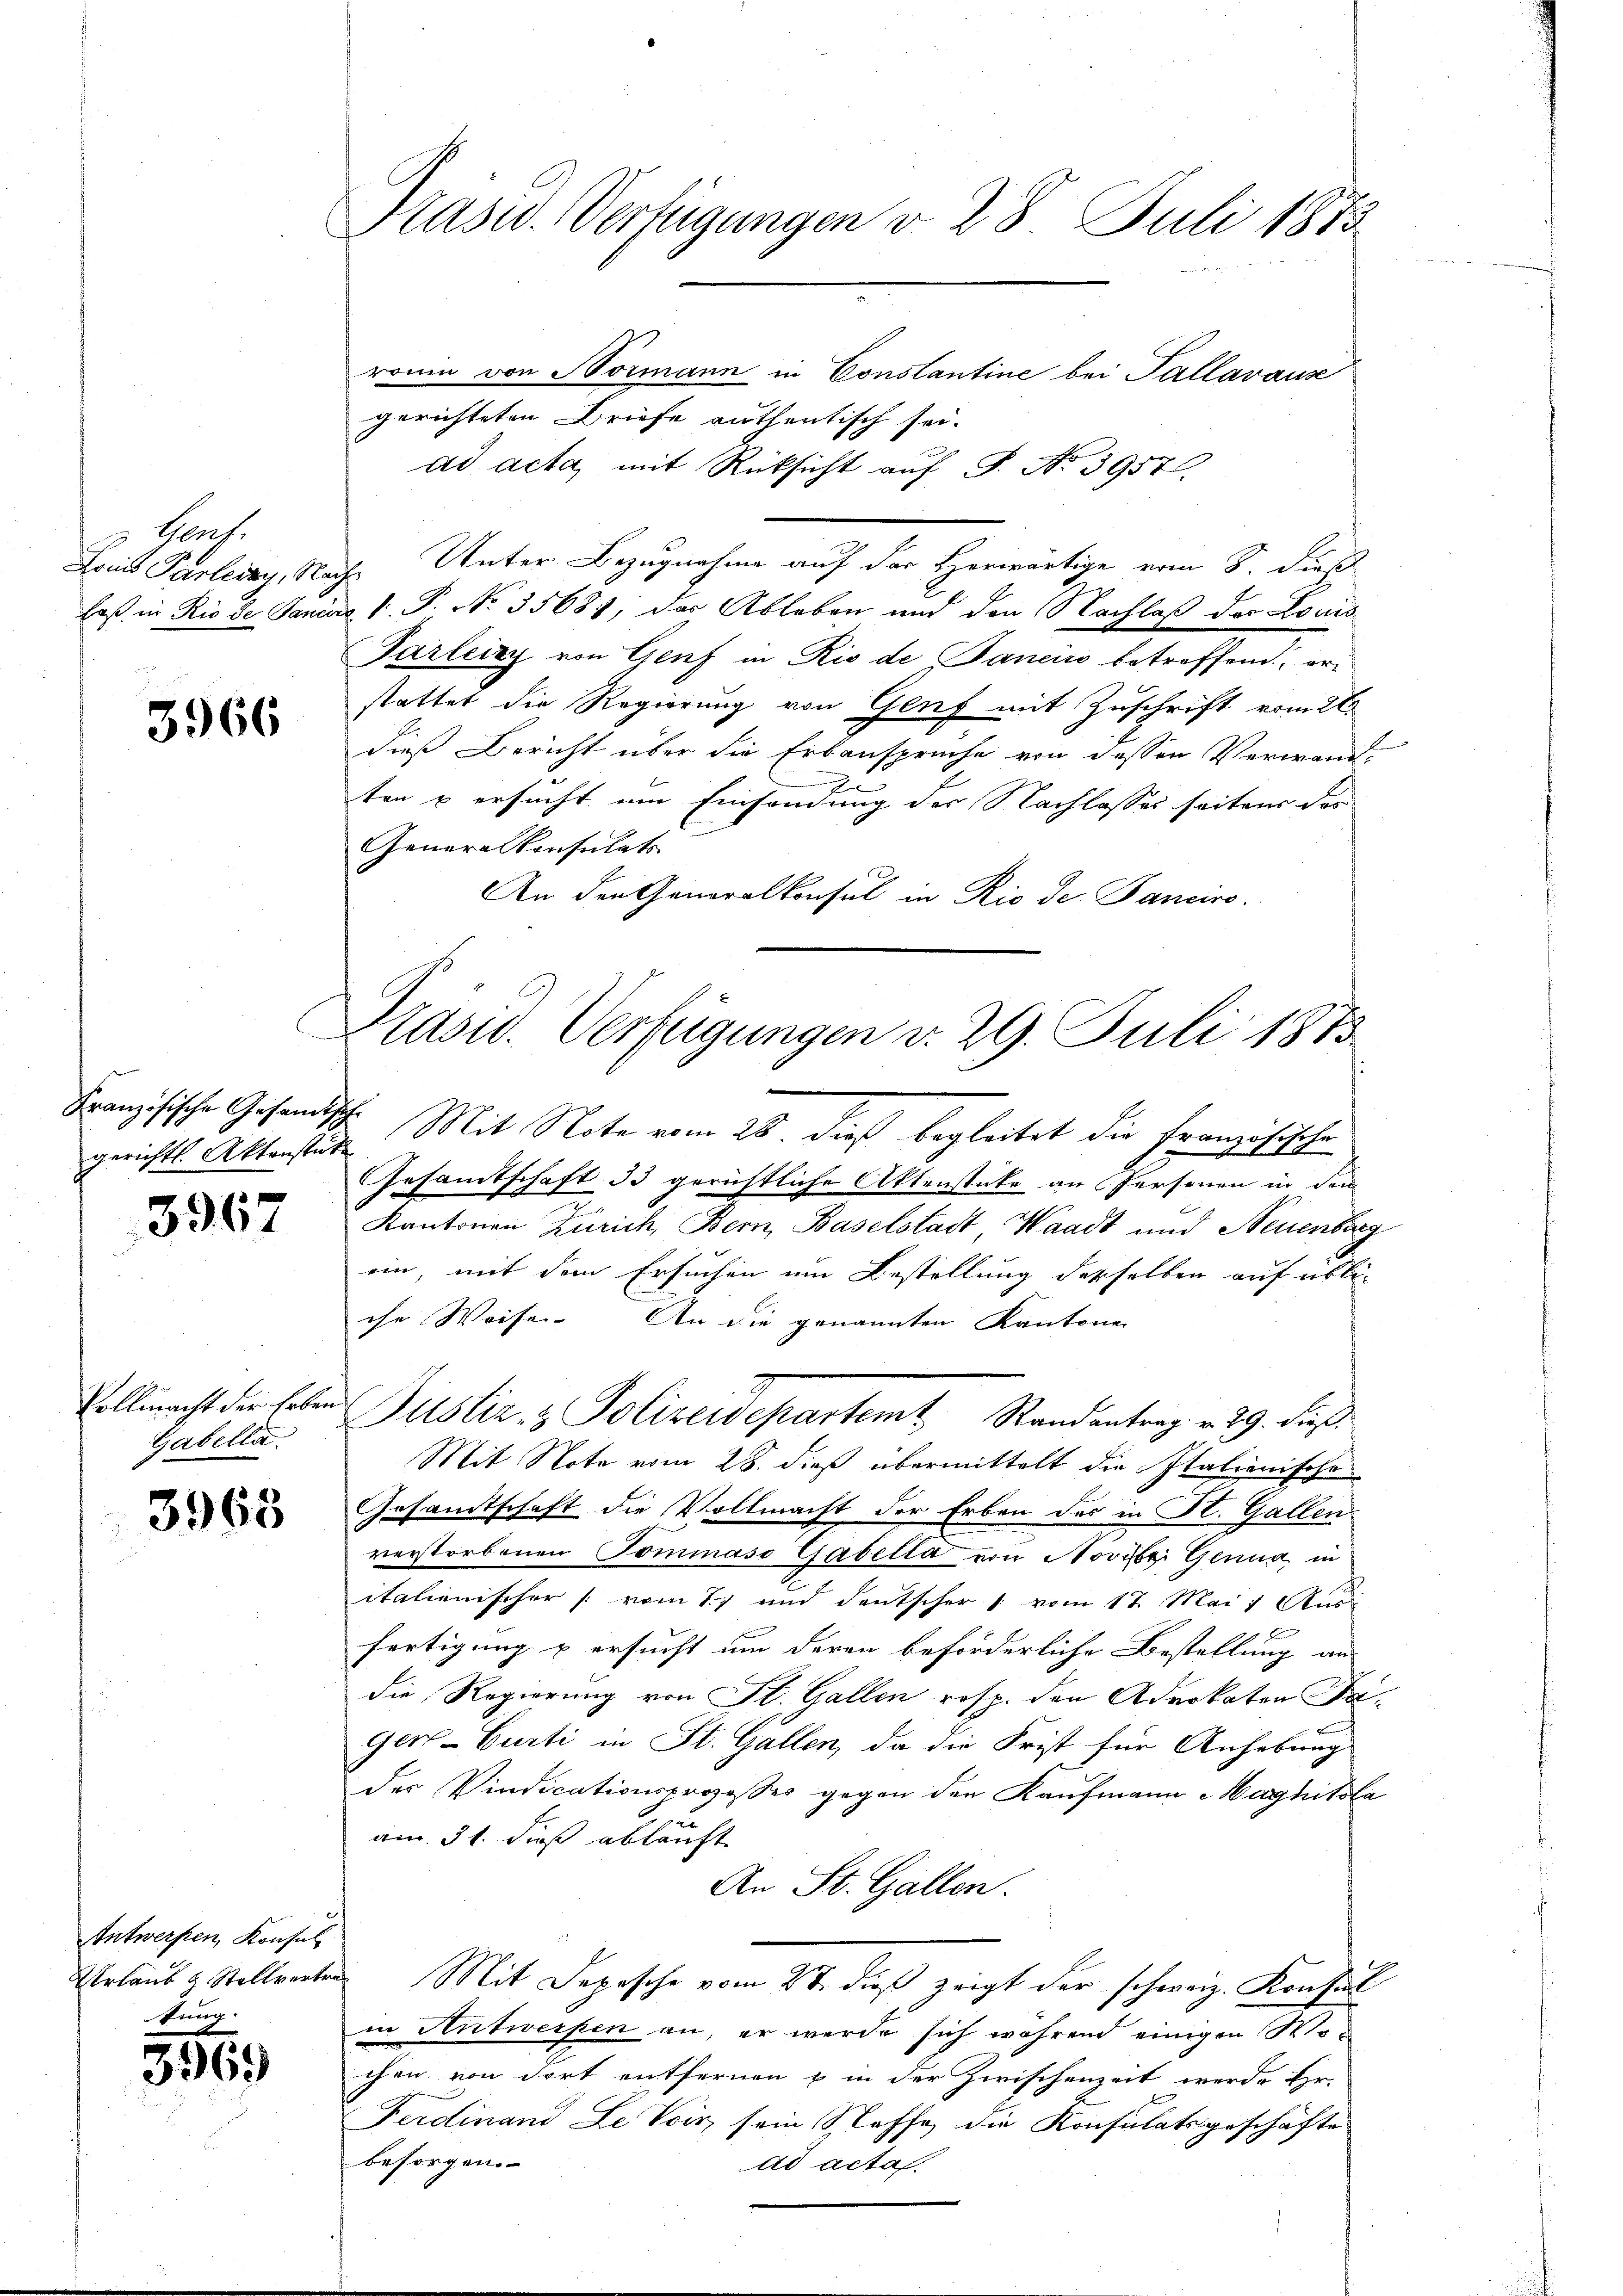
Horf.

3966

Französische Gesandts
gerichtl. Aktenstücke

3967

Gabella.

3965

Antwerfen, Konsul
Urlaub u. Stellvertr

8

Prasiv. Verfügungen v. 28 Juli 1873

ronin von Normann in Constantine bei Tallavause
gerichteten Briefe authentisch sei.
ad acta, mit Rücksicht auf S. No 3957.
Lass Parlacky, Nach Unter Bezugnahme auf der Herwärtige vom 8. dies
laß in Rio de Janius V. P. No. 3568), das Ableben und den Nachlaß des Louis
Garleizy von Genf in Rio de Bancis betreffend erstattet die Regierung von Genf mit Zuschrift vom 26.
dieß Bericht über die Erbansprüche von dessen Verwand¬

ten u ersucht um Einsendung der Nachlasses seitens das
Generalkonsulats
An den Generalkonsul in Rio de Panciro.

Präsid. Verfügungen d. 29. Juli 1873

I. Mit Note vom 25. dieß begleitet die Französische
Gesamtschaft 33 gerichtliche Aktenstücke an Personen in dem
Kantonen Zürich, Bern, Baselstadt, Waadt und Neuenburg
ein, mit dem Ersuchen um Bestellung desselben auf übliche Weise. An die genannten Kantone
Mit Note vom 28. dieß übermittelt die Italienische
Gesandtschaft die Vollmacht der Erben des in St. Gallen
verstorbenen Tommaso Gabella von Novbei Genua, in
italienischer (vom 17 und deutscher " vom 17. Mai 1 Studi
fertigung u ersucht um deren beförderliche Bestellung an
die Regierung von St. Gallen resp. den Advokaten Fa-
ger-Curti in St. Gallen, da die Frist für Anhebung
des Vindicationsprozesses gegen den Kaufmann Haghitsla
am 31. dieß abläuft
An St. Gallen.
 Mit Depesche vom 27. dieß zeigt der schweiz. Konsul
in Antwerfen an, er werde sich während einigen Mochen von dort entfernen u in der Zwischenzeit werde Hr.
Ferdinand Le Vois, sein Stoffe, die Konsulatsgeschäfte
besorgen.
ad acta.

Vollmacht der Erben Justiz & Polizeidepartemt Randantrag v. 29. dieß